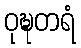
ဝုဍ္ဎတရံ